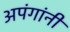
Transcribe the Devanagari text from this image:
अपंगांनी